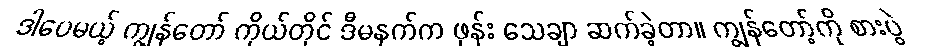
ဒါပေမယ့် ကျွန်တော် ကိုယ်တိုင် ဒီမနက်က ဖုန်း သေချာ ဆက်ခဲ့တာ။ ကျွန်တော့်ကို စားပွဲ